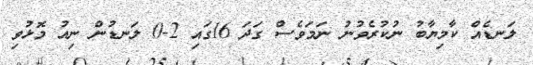
ލަނޑެއް ކާމިޔާބު ނުކުރެވުނު ނަމަވެސް ގަދަ 16ގައި 2-0 ލަނޑުން ނިއު މޮޅުވި